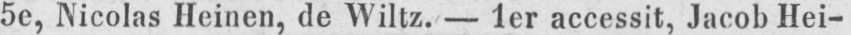
5e, Nicolas Heinen, de Wiltz. - 1er accessit, Jacob Hei-